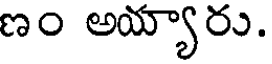
ణం అయ్యారు.